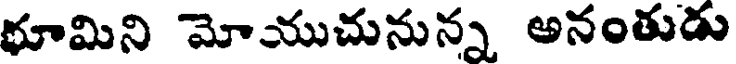
భూమిని మోయుచునున్న అనంతుడు